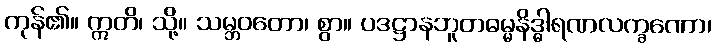
ကုန်၏။ ဣတိ၊ သို့။ သမ္ဘဝတော၊ စွာ။ ပဒဋ္ဌာနဘူတဓမ္မနိဒ္ဓါရဏလက္ခဏော၊